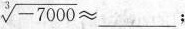
$$\sqrt [ 3 ] { - 7 0 0 0 } ≈$$___；